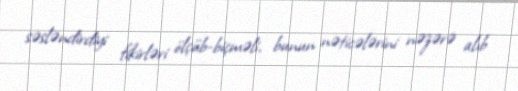
səsləndirdiyi fikirləri ölçüb-biçməli, bunun nəticələrini nəzərə alıb